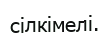
сілкімелі.